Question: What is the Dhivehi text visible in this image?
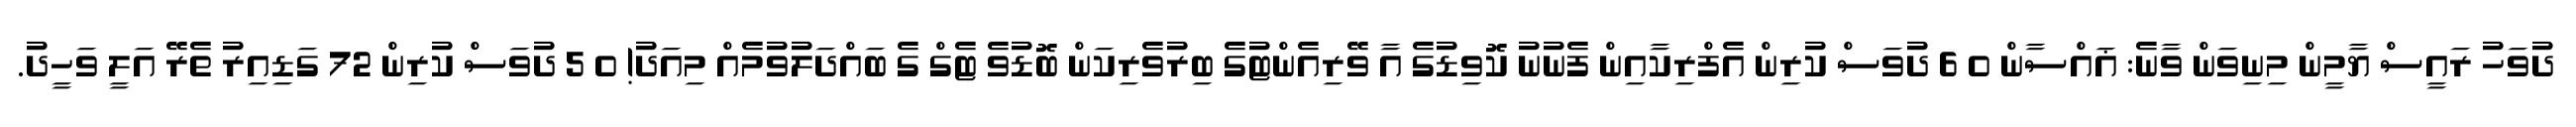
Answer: ދުވަހު ރައީސް ޔާމީން މިނިވަން ވާނެ: ޣައްސާން 0 6 ދުވަސް ކުރިން އެފްރިކާއިން ފެނުނު ކޮވިޑުގެ އާ ވޭރިއެންޓުގެ ބިރުވެރިކަން ބޮޑުވެ ޓެގް ގެ ބައްދަލުވުމެއް މިއަދު! 0 5 ދުވަސް ކުރިން 72 ގަޑިއިރު ތެރޭ އަލީ ވަހީދު.